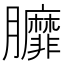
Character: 𦣆